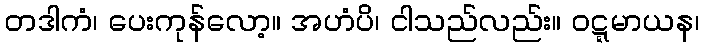
တဒါကံ၊ ပေးကုန်လော့။ အဟံပိ၊ ငါသည်လည်း။ ဝဋ္ဋမာယန၊